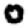
Digit: 0